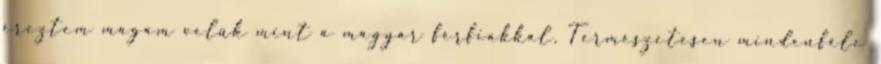
éreztem magam velük mint a magyar férfiakkal. Természetesen mindenféle